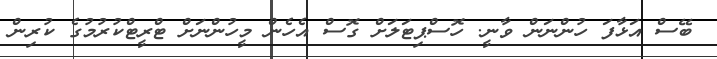
ބޭސް އަޅާފަ ހުންނަން ވާނީ. ހޮސްޕިޓަލަށް ގޮސް އެހެން މީހުންނަށް ޓްރީޓްކުރުމުގެ ކުރިން